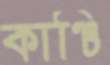
কাঞ্চি